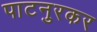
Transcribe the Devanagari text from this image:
पाटनुरकर